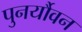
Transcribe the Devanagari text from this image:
पुनर्यौवन